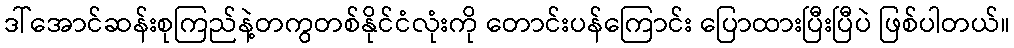
ဒါ်အောင်ဆန်းစုကြည်နဲ့တကွတစ်နိုင်ငံလုံးကို တောင်းပန်ကြောင်း ပြောထားပြီးပြီပဲ ဖြစ်ပါတယ်။